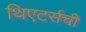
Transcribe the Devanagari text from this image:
थिएटर्सची